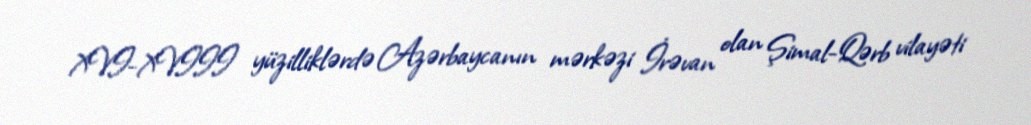
XVI-XVIII yüzilliklərdə Azərbaycanın mərkəzi İrəvan olan Şimal-Qərb vilayəti